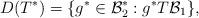
LaTeX: \begin{align*}D(T^*)=\{ g^* \in \mathcal{B}_2^* : g^*T\mathcal{B}_1 \},\end{align*}